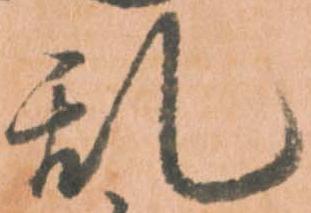
乱